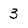
Character: 3